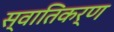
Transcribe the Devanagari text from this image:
स्वातिकर्ण